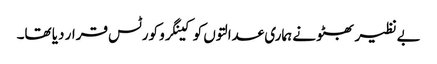
بے نظیر بھٹو نے ہماری عدالتوں کو کینگرو کورٹس قرار دیا تھا۔